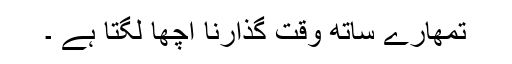
تمھارے ساتھ وقت گذارنا اچھا لگتا ہے ۔